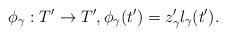
LaTeX: \begin{align*}\phi_\gamma : T' \to T' ,\phi_\gamma (t') = z'_\gamma l_\gamma (t').\end{align*}